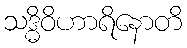
သဒ္ဓိဝိဟာရိနောတိ